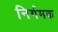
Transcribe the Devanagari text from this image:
निर्गमक